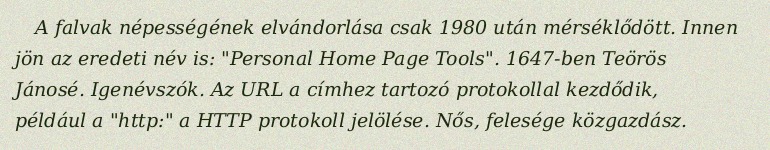
A falvak népességének elvándorlása csak 1980 után mérséklődött. Innen jön az eredeti név is: "Personal Home Page Tools". 1647-ben Teörös Jánosé. Igenévszók. Az URL a címhez tartozó protokollal kezdődik, például a "http:" a HTTP protokoll jelölése. Nős, felesége közgazdász.